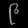
Digit: ၉